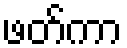
ဖတ်ကာ